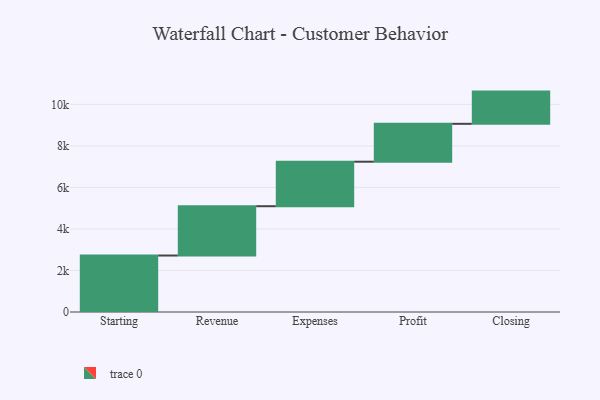
{"axis": {"x": "Step", "y": "Value"}, "legend": [""], "data": [{"x": "Starting", "y": 2720.0, "type": ""}, {"x": "Revenue", "y": 2375.0, "type": ""}, {"x": "Expenses", "y": 2144.0, "type": ""}, {"x": "Profit", "y": 1825.0, "type": ""}, {"x": "Closing", "y": 1552.0, "type": ""}]}